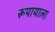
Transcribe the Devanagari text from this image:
रूपायाला